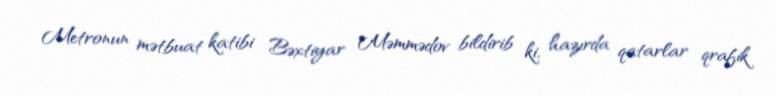
Metronun mətbuat katibi Bəxtiyar Məmmədov bildirib ki, hazırda qatarlar qrafik